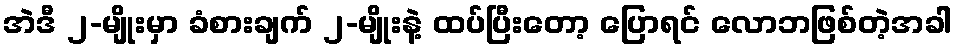
အဲဒီ ၂-မျိုးမှာ ခံစားချက် ၂-မျိုးနဲ့ ထပ်ပြီးတော့ ပြောရင် လောဘဖြစ်တဲ့အခါ